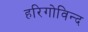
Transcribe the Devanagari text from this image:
हरिगोविन्द